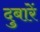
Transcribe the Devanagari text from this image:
दुबारें